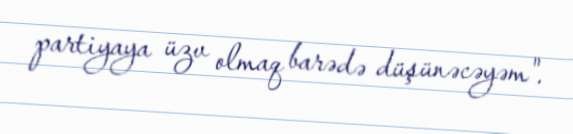
partiyaya üzv olmaq barədə düşünəcəyəm".